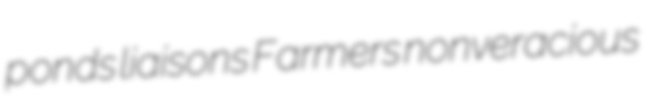
ponds liaisons Farmers nonveracious